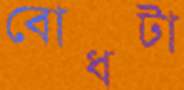
বোধটা